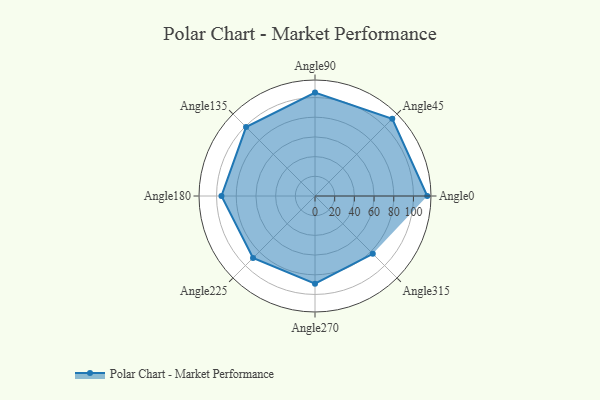
{"axis": {"x": "Angle", "y": "Radius"}, "legend": [""], "data": [{"x": "Angle0", "y": 114.0, "type": ""}, {"x": "Angle45", "y": 111.0, "type": ""}, {"x": "Angle90", "y": 105.0, "type": ""}, {"x": "Angle135", "y": 99.0, "type": ""}, {"x": "Angle180", "y": 95.0, "type": ""}, {"x": "Angle225", "y": 89.0, "type": ""}, {"x": "Angle270", "y": 89.0, "type": ""}, {"x": "Angle315", "y": 83.0, "type": ""}]}